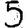
Digit: 5